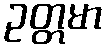
ဥတ္တမာ